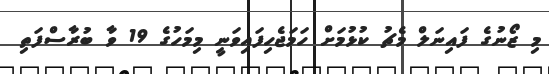
މި ޒޯނުގެ ފައިނަލް މެޗު ކުޅުމަށް ހަމަޖެހިފައިވަނީ މިމަހުގެ 19 ވާ ބުރާސްފަތި